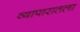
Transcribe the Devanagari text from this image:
व्यापारातला